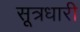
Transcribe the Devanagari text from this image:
सूत्रधारी